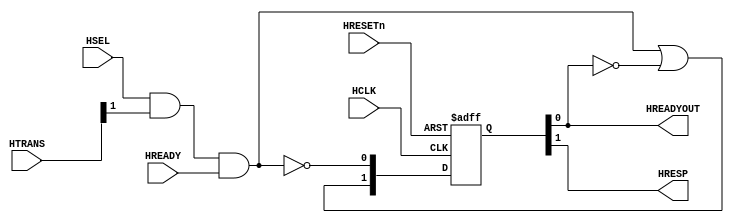
//-----------------------------------------------------------------------------
// The confidential and proprietary information contained in this file may
// only be used by a person authorised under and to the extent permitted
// by a subsisting licensing agreement from ARM Limited.
//
//            (C) COPYRIGHT 2010-2013 ARM Limited.
//                ALL RIGHTS RESERVED
//
// This entire notice must be reproduced on all copies of this file
// and copies of this file may only be made by a person if such person is
// permitted to do so under the terms of a subsisting license agreement
// from ARM Limited.
//
//      SVN Information
//
//      Checked In          : $Date: 2013-01-14 16:53:05 +0000 (Mon, 14 Jan 2013) $
//
//      Revision            : $Revision: 233581 $
//
//      Release Information : Cortex-M System Design Kit-r1p0-00rel0
//
//-----------------------------------------------------------------------------
//-----------------------------------------------------------------------------
// Abstract : AHB-Lite Default Slave
//-----------------------------------------------------------------------------
//
// Returns an error response when selected for a transfer
//

module cmsdk_ahb_default_slave (
  // Inputs
 input  wire       HCLK,      // Clock
 input  wire       HRESETn,   // Reset
 input  wire       HSEL,      // Slave select
 input  wire [1:0] HTRANS,    // Transfer type
 input  wire       HREADY,    // System ready

  // Outputs
 output wire       HREADYOUT, // Slave ready
 output wire       HRESP);    // Slave response

//
// Start of main code
//

// Internal signals
wire         trans_req;  // Transfer Request
reg    [1:0] resp_state; // Current FSM state for two-cycle error response
wire   [1:0] next_state; // Next FSM state

// Transfer address phase completes
assign trans_req = HSEL & HTRANS[1] & HREADY;

// Generate next state for the FSM.
// Bit 0 is connected to HREADYOUT and bit 1 is connected to HRESP,
// so the state encodings are:
//   01 - Idle
//   10 - 1st cycle of error response
//   11 - 2nd cycle of error response
assign next_state = { trans_req | (~resp_state[0]),
                      ~trans_req };

// Registering FSM state
always @(posedge HCLK or negedge HRESETn)
  if (~HRESETn)
    resp_state <= 2'b01; // ensure HREADYOUT is HIGH at reset
  else
    resp_state <= next_state;

// Connect to output
assign HREADYOUT = resp_state[0];
assign HRESP     = resp_state[1];


endmodule